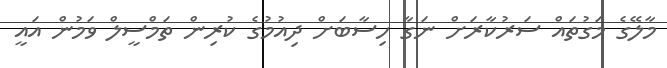
މާލޭގެ މަގުތައް ސަރުކާރަށް ނަގާ ހިސާބަށް ދިއުމުގެ ކުރިން ތަމްސީލް ވަމުން އައީ